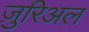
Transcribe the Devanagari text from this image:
ज़ुरिअल